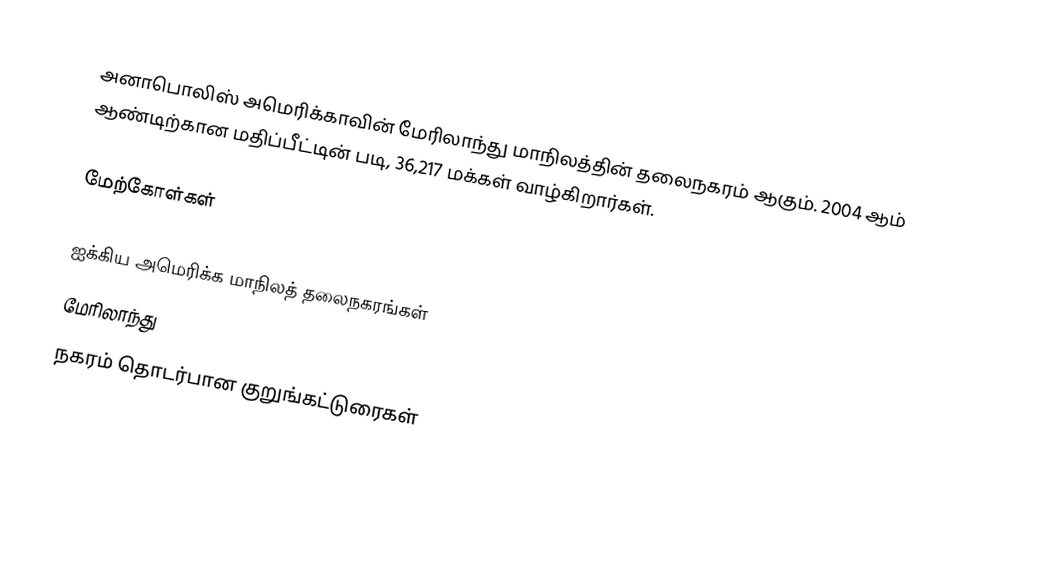
அனாபொலிஸ் அமெரிக்காவின் மேரிலாந்து மாநிலத்தின் தலைநகரம் ஆகும். 2004 ஆம் ஆண்டிற்கான மதிப்பீட்டின் படி, 36,217 மக்கள் வாழ்கிறார்கள்.

மேற்கோள்கள்

ஐக்கிய அமெரிக்க மாநிலத் தலைநகரங்கள்
மேரிலாந்து
நகரம் தொடர்பான குறுங்கட்டுரைகள்